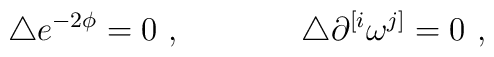
\triangle e^{-2\phi} = 0\ , \hskip 1.5truecm \triangle\partial^{[i}\omega^{j]}=0\ ,